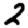
Digit: 2